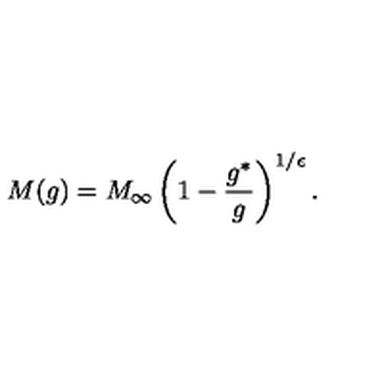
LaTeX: M ( g ) = M _ { \infty } \left( 1 - \frac { g ^ { * } } { g } \right) ^ { 1 / \epsilon } .